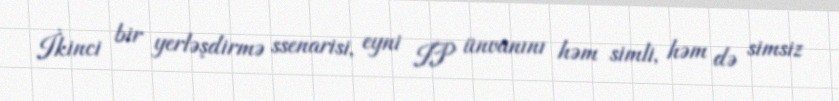
İkinci bir yerləşdirmə ssenarisi, eyni IP ünvanını həm simli, həm də simsiz